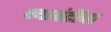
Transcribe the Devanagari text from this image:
करवंटीचा